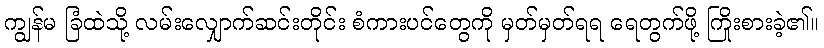
ကျွန်မ ခြံထဲသို့ လမ်းလျှောက်ဆင်းတိုင်း စံကားပင်တွေကို မှတ်မှတ်ရရ ရေတွက်ဖို့ ကြိုးစားခဲ့၏။